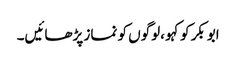
ابوبکر کو کہو ،لوگوں کو نماز پڑھائیں۔